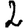
Digit: 2